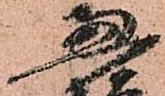
恵